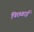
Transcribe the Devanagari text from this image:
पिछवाई